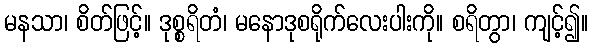
မနသာ၊ စိတ်ဖြင့်။ ဒုစ္စရိတံ၊ မနောဒုစရိုက်လေးပါးကို။ စရိတွာ၊ ကျင့်၍။